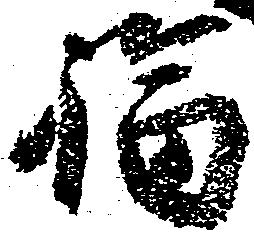
福